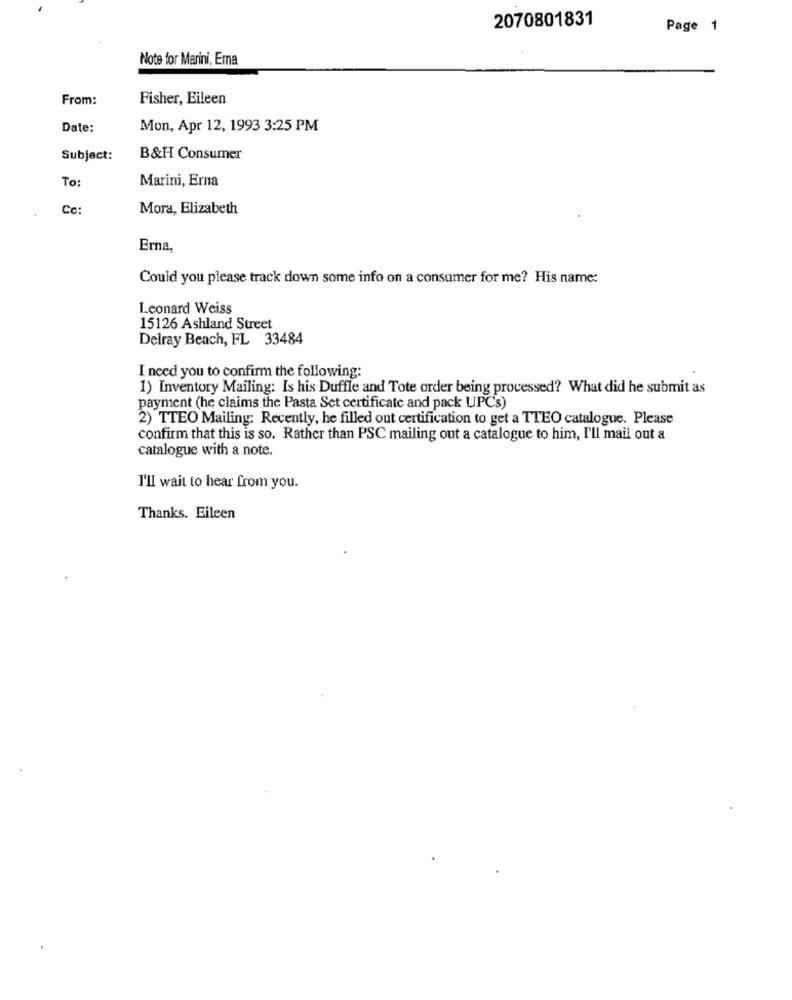
2070801831
Page 1
Note for Marini, Ema
From:
Fisher, Eileen
Date:
Mon, Apr 12, 1993 3:25 PM
Subject:
B&H Consumer
To:
Marini, Erna
Cc:
Mora, Elizabeth
Erna,
Could you please track down some info on a consumer for me? His name:
Leonard Weiss
15126 Ashland Street
Delray Beach, FL 33484
I need you to confirm the following:
1) Inventory Mailing: Is his Duffle and Tote order being processed? What did he submit as
payment (he claims the Pasta Set certificate and pack UPC's)
2) TTEO Mailing: Recently, he filled out certification to get a TTEO catalogue. Please
confirm that this is so. Rather than PSC mailing out a catalogue to him, I'll mail out a
catalogue with a note.
I'll wait to hear from you.
Thanks. Eileen